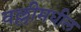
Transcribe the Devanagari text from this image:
वल्लीमधील